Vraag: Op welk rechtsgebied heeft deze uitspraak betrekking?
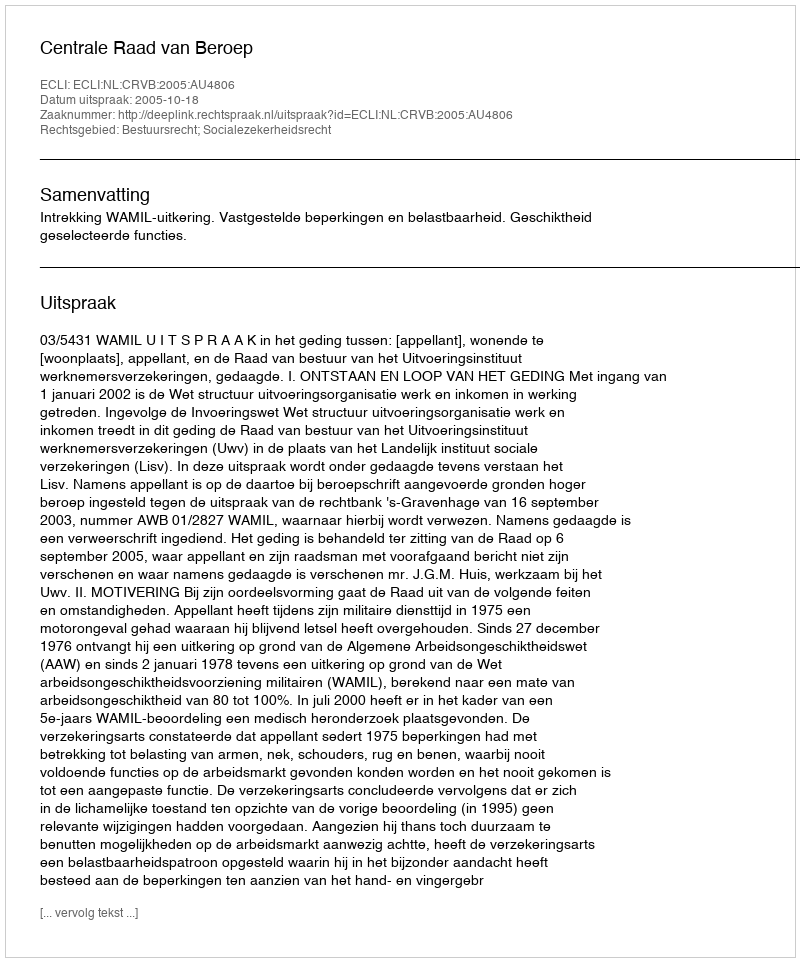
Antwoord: Bestuursrecht; Socialezekerheidsrecht